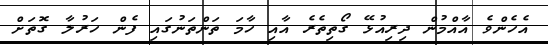
އެހެންވެ އާއްމުން ދިރިއުޅޭ ގޯތިތެރެ އާއި ހާމަ ތަންތަނުގައި ފެން ހަރުލާ ގޮތަށް